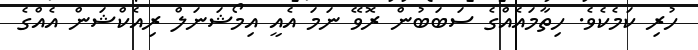
ހުރި ކަމެކެވެ. ހިތާމައެއްގެ ސަބަބުން ރޮވޭ ނަމަ އެއީ އިމޯޝަނަލް ރިއެކްޝަން އެއްގެ